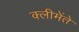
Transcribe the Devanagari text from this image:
क्लीमेंते